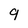
Character: 9